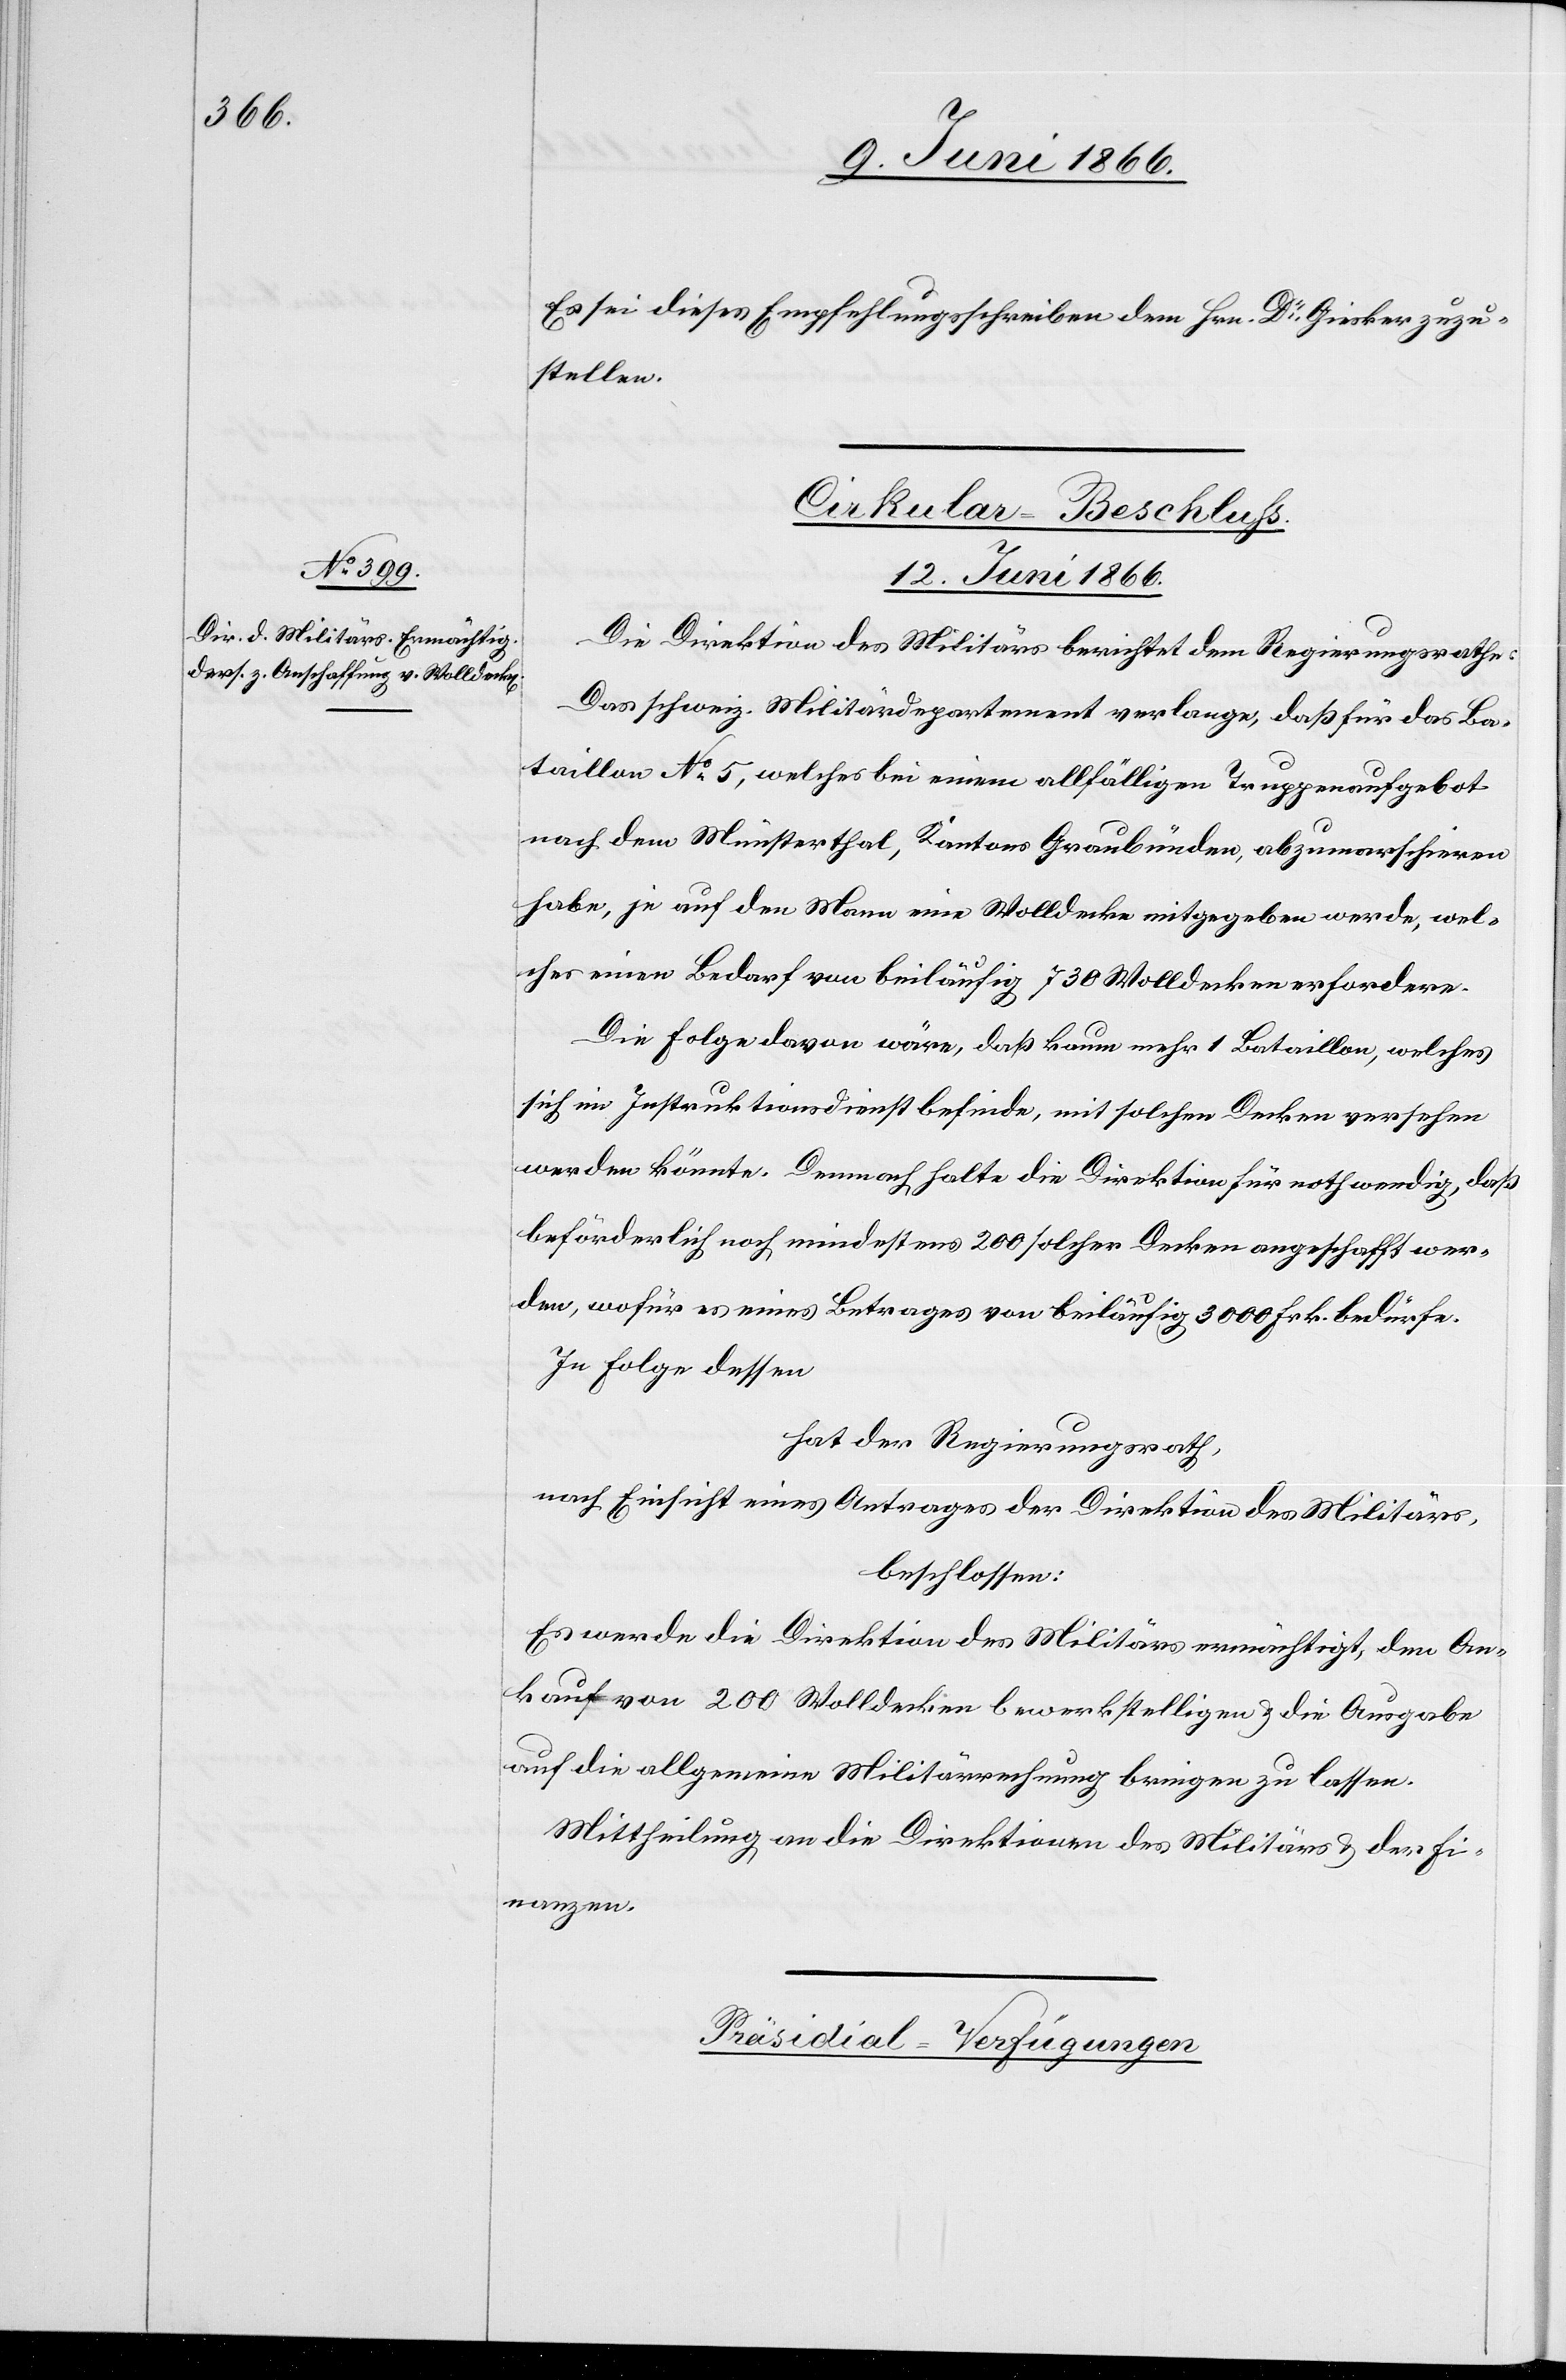
Es sei dieses Empfehlungsschreiben dem Hrn. Dr. Giesker zuzu¬
stellen.
Cirkular-Beschluß
12. Juni 1866.
Die Direktion des Militärs berichtet dem Regierungsrathe:
Das schweiz. Militärdepartement verlange, daß für das Ba¬
taillon No. 5, welches bei einem allfälligen Truppenaufgebote
nach dem Münsterthal, Kantons Graubünden, abzumarschieren
habe, je auf den Mann eine Wolldecke mitgegeben werde, wel¬
ches einen Bedarf von beiläufig 730 Wolldecken erfordere.
Die Folge davon wäre, daß kaum mehr 1 Bataillon, welches
sich im Instruktionsdienst befinde, mit solchen Decken versehen
werden könnte. Demnach halte die Direktion für nothwendig, daß
beförderlich noch mindestens 200 solcher Decken angeschafft wer¬
den, wofür es eines Betrages von beiläufig 3000 Frk. bedürfe.
In Folge dessen
hat der Regierungsrath,
nach Einsicht eines Antrages der Direktion des Militärs,
beschlossen:
Es werde die Direktion des Militärs ermächtigt, den An¬
kauf von 200 Wolldecken bewerkstelligen u. die Ausgabe
auf die allgemeine Militärrechnung bringen zu lassen.
Mittheilung an die Direktionen des Militärs u. der Fi¬
nanzen.
Präsidial-Verfügungen.